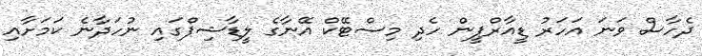
ދެހާސް ވަނަ އަހަރު ޑީއާރްޕީން ހެދި މިސްޓޭކް އޭނާގެ ލީޑާޝިޕްގައި ނުހަދާނެ ކަމަށާއި